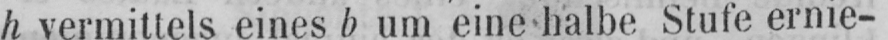
h vermittels eines b um eine halbe Stufe ernie-